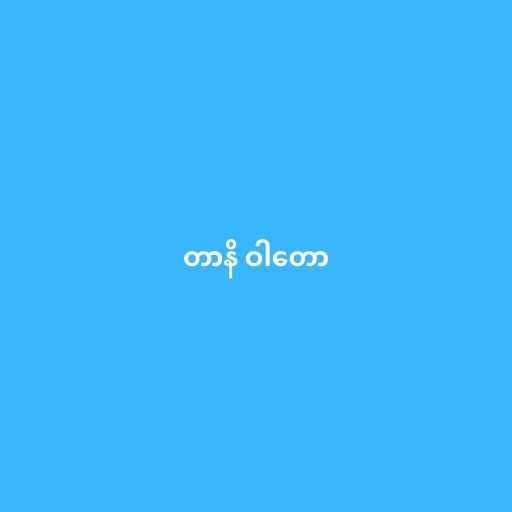
တာနိ ဝါတော